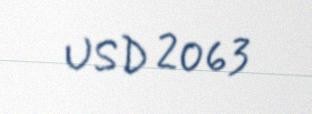
USD 2063